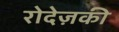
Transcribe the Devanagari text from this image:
रोदेज़की